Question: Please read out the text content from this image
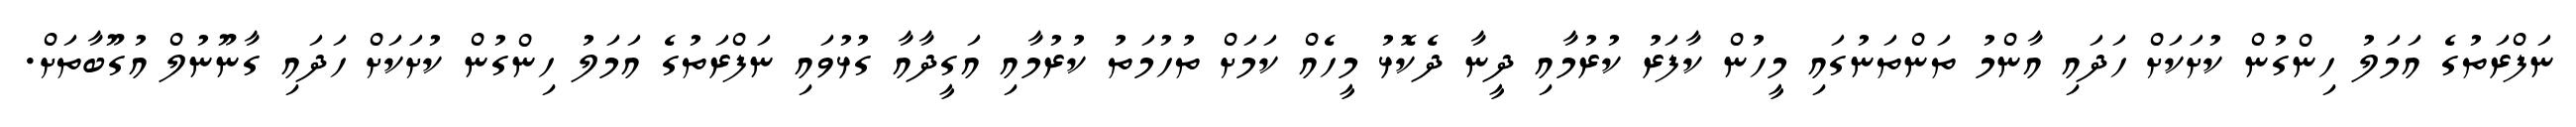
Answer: ނަފްރަތުގެ އަމަލު ހިންގުން ކުށަކަށް ހަދައި އާންމު ތަންތަނުގައި މީހުން ކާފަރު ކުރުމާއި ދީނާ ދެކޮޅު މީހެއް ކަމަށް ތުހުމަތު ކުރުމާއި އަގީދާއާ ގުޅުވައި ނަފްރަތުގެ އަމަލު ހިންގުން ކުށަކަށް ހަދައި ގާނޫނުލް އުގޫބާތަށް.